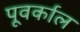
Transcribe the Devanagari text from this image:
पूवर्काल